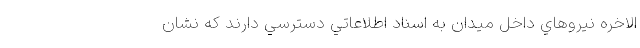
الاخره نيروهاي داخل ميدان به اسناد اطلاعاتي دسترسي دارند كه نشان